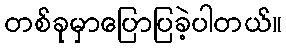
တစ်ခုမှာပြောပြခဲ့ပါတယ်။